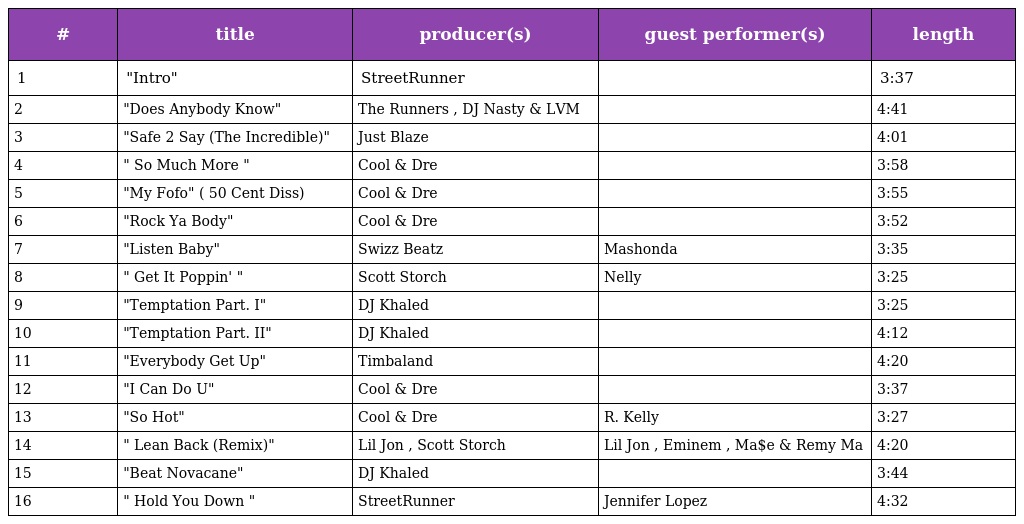
| # | title | producer(s) | guest performer(s) | length |
 | --- | --- | --- | --- | --- |
 | 1 | "Intro" | StreetRunner |  | 3:37 |
 | 2 | "Does Anybody Know" | The Runners , DJ Nasty & LVM |  | 4:41 |
 | 3 | "Safe 2 Say (The Incredible)" | Just Blaze |  | 4:01 |
 | 4 | " So Much More " | Cool & Dre |  | 3:58 |
 | 5 | "My Fofo" ( 50 Cent Diss) | Cool & Dre |  | 3:55 |
 | 6 | "Rock Ya Body" | Cool & Dre |  | 3:52 |
 | 7 | "Listen Baby" | Swizz Beatz | Mashonda | 3:35 |
 | 8 | " Get It Poppin' " | Scott Storch | Nelly | 3:25 |
 | 9 | "Temptation Part. I" | DJ Khaled |  | 3:25 |
 | 10 | "Temptation Part. II" | DJ Khaled |  | 4:12 |
 | 11 | "Everybody Get Up" | Timbaland |  | 4:20 |
 | 12 | "I Can Do U" | Cool & Dre |  | 3:37 |
 | 13 | "So Hot" | Cool & Dre | R. Kelly | 3:27 |
 | 14 | " Lean Back (Remix)" | Lil Jon , Scott Storch | Lil Jon , Eminem , Ma$e & Remy Ma | 4:20 |
 | 15 | "Beat Novacane" | DJ Khaled |  | 3:44 |
 | 16 | " Hold You Down " | StreetRunner | Jennifer Lopez | 4:32 |